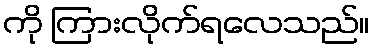
ကို ကြားလိုက်ရလေသည်။